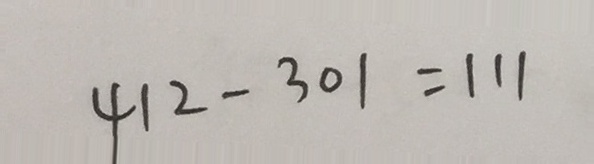
4 1 2 - 3 0 1 = 1 1 1